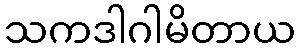
သကဒါဂါမိတာယ